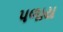
પળાય